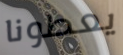
يعطونا